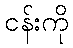
ငန်းကို